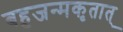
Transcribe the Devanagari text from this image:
बहुजन्मकृतात्